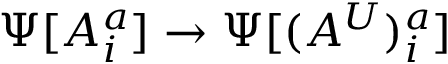
\Psi [ A _ { i } ^ { a } ] \rightarrow \Psi [ ( A ^ { U } ) _ { i } ^ { a } ]